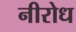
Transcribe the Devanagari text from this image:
नीरोध